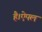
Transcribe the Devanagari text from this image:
है।ऐपल